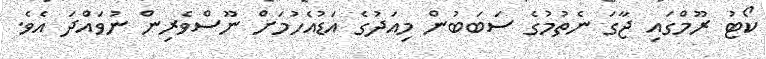
ކޯޓު ރޫމްގައި ޖާގަ ނެތުމުގެ ސަބަބުން މިއަދުގެ އަޑުއެހުމަށް ނޫސްވެރިން ނުވައްދަ އެވެ.